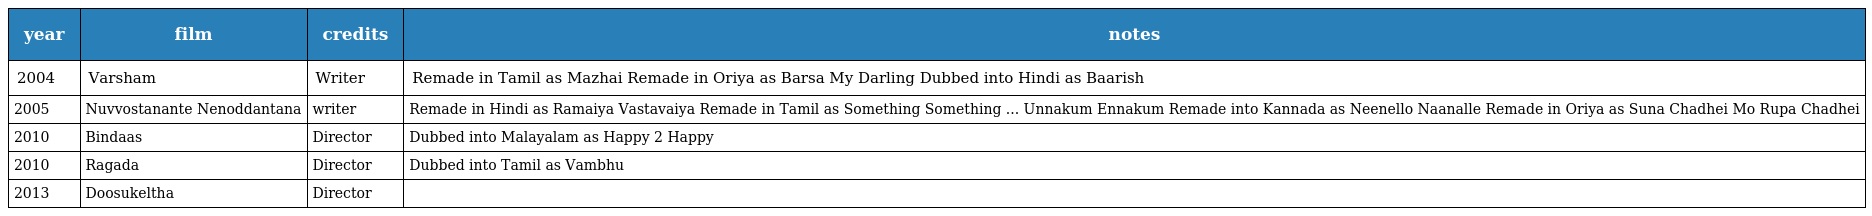
| year | film | credits | notes |
 | --- | --- | --- | --- |
 | 2004 | Varsham | Writer | Remade in Tamil as Mazhai Remade in Oriya as Barsa My Darling Dubbed into Hindi as Baarish |
 | 2005 | Nuvvostanante Nenoddantana | writer | Remade in Hindi as Ramaiya Vastavaiya Remade in Tamil as Something Something ... Unnakum Ennakum Remade into Kannada as Neenello Naanalle Remade in Oriya as Suna Chadhei Mo Rupa Chadhei |
 | 2010 | Bindaas | Director | Dubbed into Malayalam as Happy 2 Happy |
 | 2010 | Ragada | Director | Dubbed into Tamil as Vambhu |
 | 2013 | Doosukeltha | Director |  |